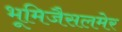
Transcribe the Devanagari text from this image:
भूमिजैसलमेर